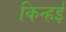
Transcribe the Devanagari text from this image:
किन्हई